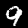
Digit: 9